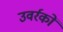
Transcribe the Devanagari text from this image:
उवर्रकों